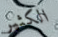
الكثير